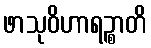
ဖာသုဝိဟာရဉ္စာတိ